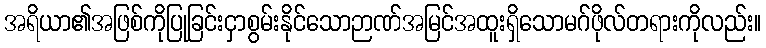
အရိယာ၏အဖြစ်ကိုပြုခြင်းငှာစွမ်းနိုင်သောဉာဏ်အမြင်အထူးရှိသောမဂ်ဖိုလ်တရားကိုလည်း။